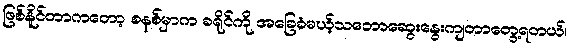
ဖြစ်နိူင်တာကတော့ စနစ်မှာက ခရိုင်ကို အခြေခံမယ့်သဘောဆွေးနွေးကျတာတွေ့ရတယ်၊